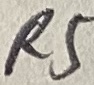
Text: R5